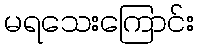
မရသေးကြောင်း